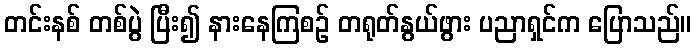
တင်းနစ် တစ်ပွဲ ပြီး၍ နားနေကြစဉ် တရုတ်နွယ်ဖွား ပညာရှင်က ပြောသည်။